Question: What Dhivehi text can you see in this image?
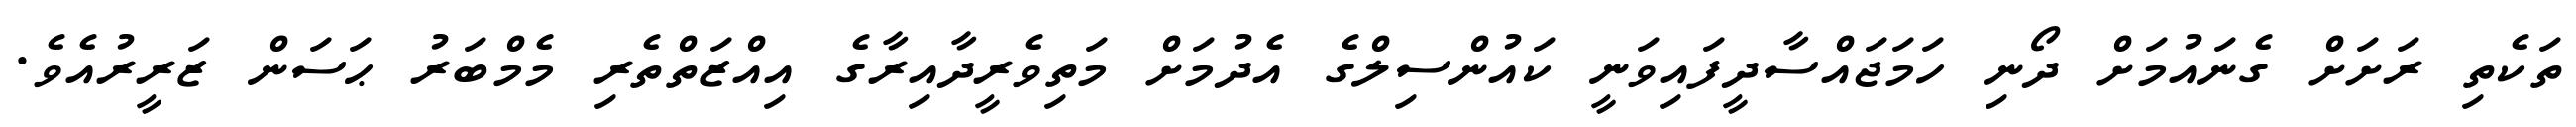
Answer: ތަކެތި ރަށަށް ގެނައުމަށް ދޯނި ހަމަޖައްސާދީފައިވަނީ ކައުންސިލްގެ އެދުމަށް މަތިވެރީދާއިރާގެ އިއްޒަތްތެރި މެމްބަރު ޙަސަން ޒަރީރުއެވެ.